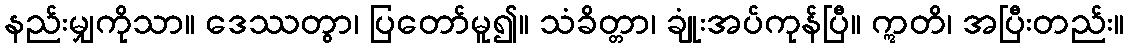
နည်းမျှကိုသာ။ ဒေဿတွာ၊ ပြတော်မူ၍။ သံခိတ္တာ၊ ချုံးအပ်ကုန်ပြီ။ ဣတိ၊ အပြီးတည်း။